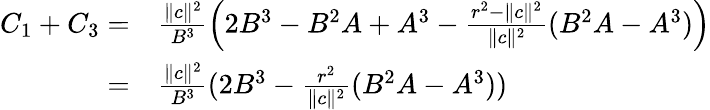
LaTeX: \begin{array}{rl}{C_{1}+C_{3}=}&{\frac{\| c\| ^{2}}{B^{3}}\left(2B^{3}-B^{2}A+A^{3}-\frac{r^{2}-\| c\| ^{2}}{\| c\| ^{2}}(B^{2}A-A^{3})\right)}\\ {=}&{\frac{\| c\| ^{2}}{B^{3}}(2B^{3}-\frac{r^{2}}{\| c\| ^{2}}(B^{2}A-A^{3}))}\end{array}